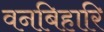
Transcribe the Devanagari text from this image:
वनबिहारि